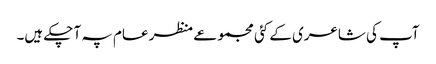
آپ کی شاعری کے کئی مجموعے منظر عام پہ آ چکے ہیں۔